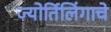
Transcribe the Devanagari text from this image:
ज्‍योर्तिलिंगाचे